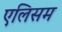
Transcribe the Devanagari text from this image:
एलिसम